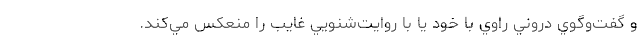
و گفت‌وگوي دروني راوي با خود يا با روايت‌شنويي غايب را منعكس مي‌كند.